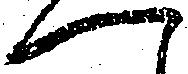
へ